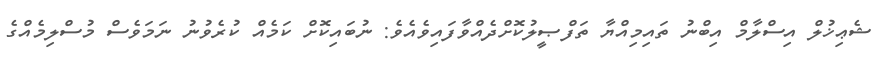
ޝެޢިޚުލް އިސްލާމް އިބްނު ތައިމިއްޔާ ތަފްޞީލުކޮށްދެއްވާފައިވެއެވެ: ނުބައިކޮށް ކަމެއް ކުރެވުނު ނަމަވެސް މުސްލިމެއްގެ